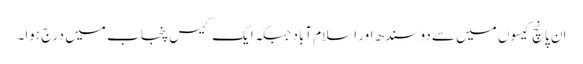
ان پانچ کیسوں میں سے دو سندھ اور اسلام آباد جبکہ ایک کیس پنجاب میں درج ہوا۔